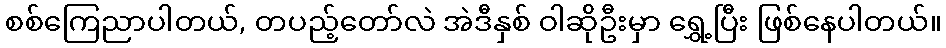
စစ်ကြေညာပါတယ်, တပည့်တော်လဲ အဲဒီနှစ် ဝါဆိုဦးမှာ ရွှေ့ပြီး ဖြစ်နေပါတယ်။